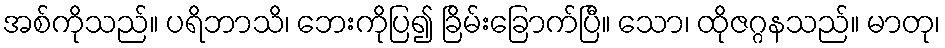
အစ်ကိုသည်။ ပရိဘာသိ၊ ဘေးကိုပြ၍ ခြိမ်းခြောက်ပြီ။ သော၊ ထိုဇဂ္ဂနသည်။ မာတု၊